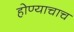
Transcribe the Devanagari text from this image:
होण्याचाच